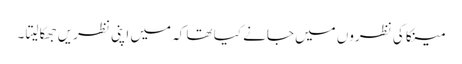
مینکا کی نظروں میں جانے کیا تھا کہ میں اپنی نظریں جھکا لیتا ۔